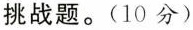
挑战题。(10分)